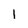
Character: 1